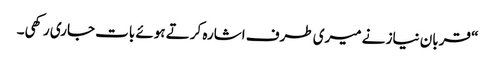
“ قربان نیاز نے میری طرف اشارہ کرتے ہوئے بات جاری رکھی۔